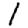
Digit: 1